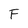
Character: F